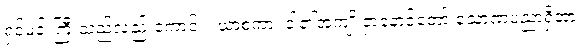
ရှင်မင်းကြီးသည်လည်းကောင်း။ ယာစကာ၊ ငါ၏အကျိုးငှာနောင်တော် သောဏပညာရှိအား